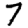
Digit: 7